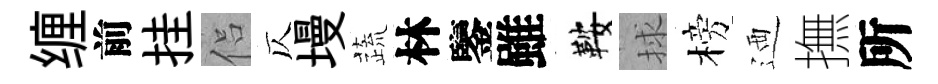
缠前挂侣仄墁蔬林鑒雖鞍捄榜迺撫所